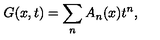
G ( x , t ) = \sum _ { n } A _ { n } ( x ) t ^ { n } ,